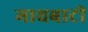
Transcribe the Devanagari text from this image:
मावबाटी